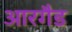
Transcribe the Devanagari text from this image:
आरगैड